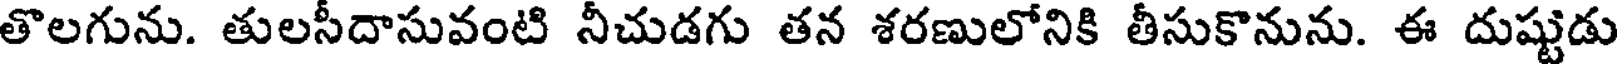
తొలగును. తులసీదాసువంటి నీచుడగు తన శరణులోనికి తీసుకొనును. ఈ దుష్టుడు